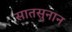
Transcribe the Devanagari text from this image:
सातसुनान